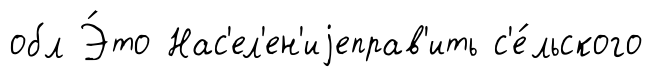
обл Э́то Нас'ел'ен'иjеправ'ить с'е́льского